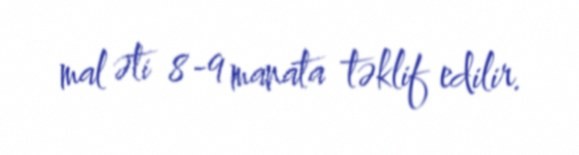
mal əti 8-9 manata təklif edilir.